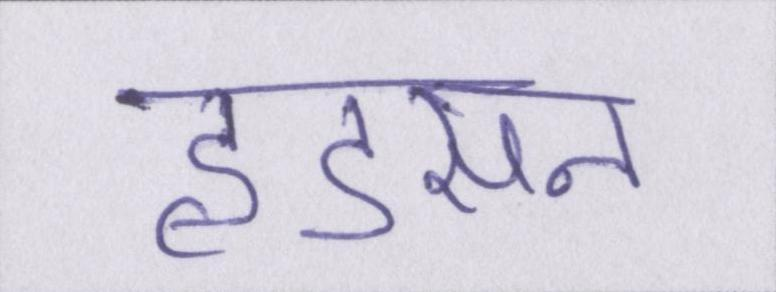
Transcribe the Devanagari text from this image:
हडसन